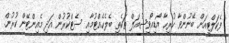
ފެކަލްޓީއަށް ބޭނުންވާ ހުރިހާ އޯޑިއޯވިޝުއަލް ތަކެތި ބެލެހެއްޓުމާއި ސެޓްކުރުން އަދި މެއިންޓޭން ކުރުން.